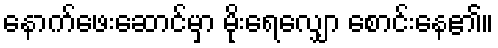
နောက်ဖေးဆောင်မှာ မိုးရေလျှော စောင်းနေ၏။